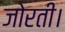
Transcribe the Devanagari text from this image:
जोरती।